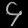
Digit: ၄